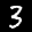
Label: 3